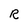
Character: R